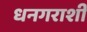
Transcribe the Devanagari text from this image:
धनगराशी